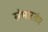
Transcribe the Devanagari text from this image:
संभारतंत्र